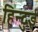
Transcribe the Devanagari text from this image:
हिन्दुई